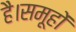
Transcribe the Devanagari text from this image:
है।समूहों